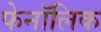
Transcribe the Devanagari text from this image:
फेनॉलिक